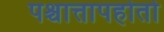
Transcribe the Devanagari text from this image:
पश्चात्तापहोतो